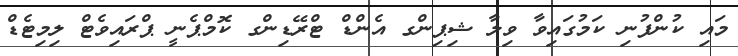
މައި ކުންފުނި ކަމުގައިވާ ވިލާ ޝިޕިންގ އެންޑް ޓްރޭޑިންގ ކޮމްޕެނީ ޕްރައިވެޓް ލިމިޓެޑް